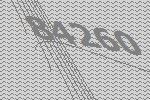
84260